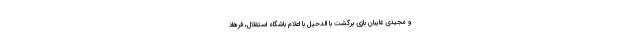
و مجیدی غایبان بازی برگشت با الدحیل با اعلام باشگاه استقلال، فرهاد